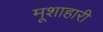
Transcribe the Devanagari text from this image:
मूशाहारी